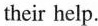
their help.